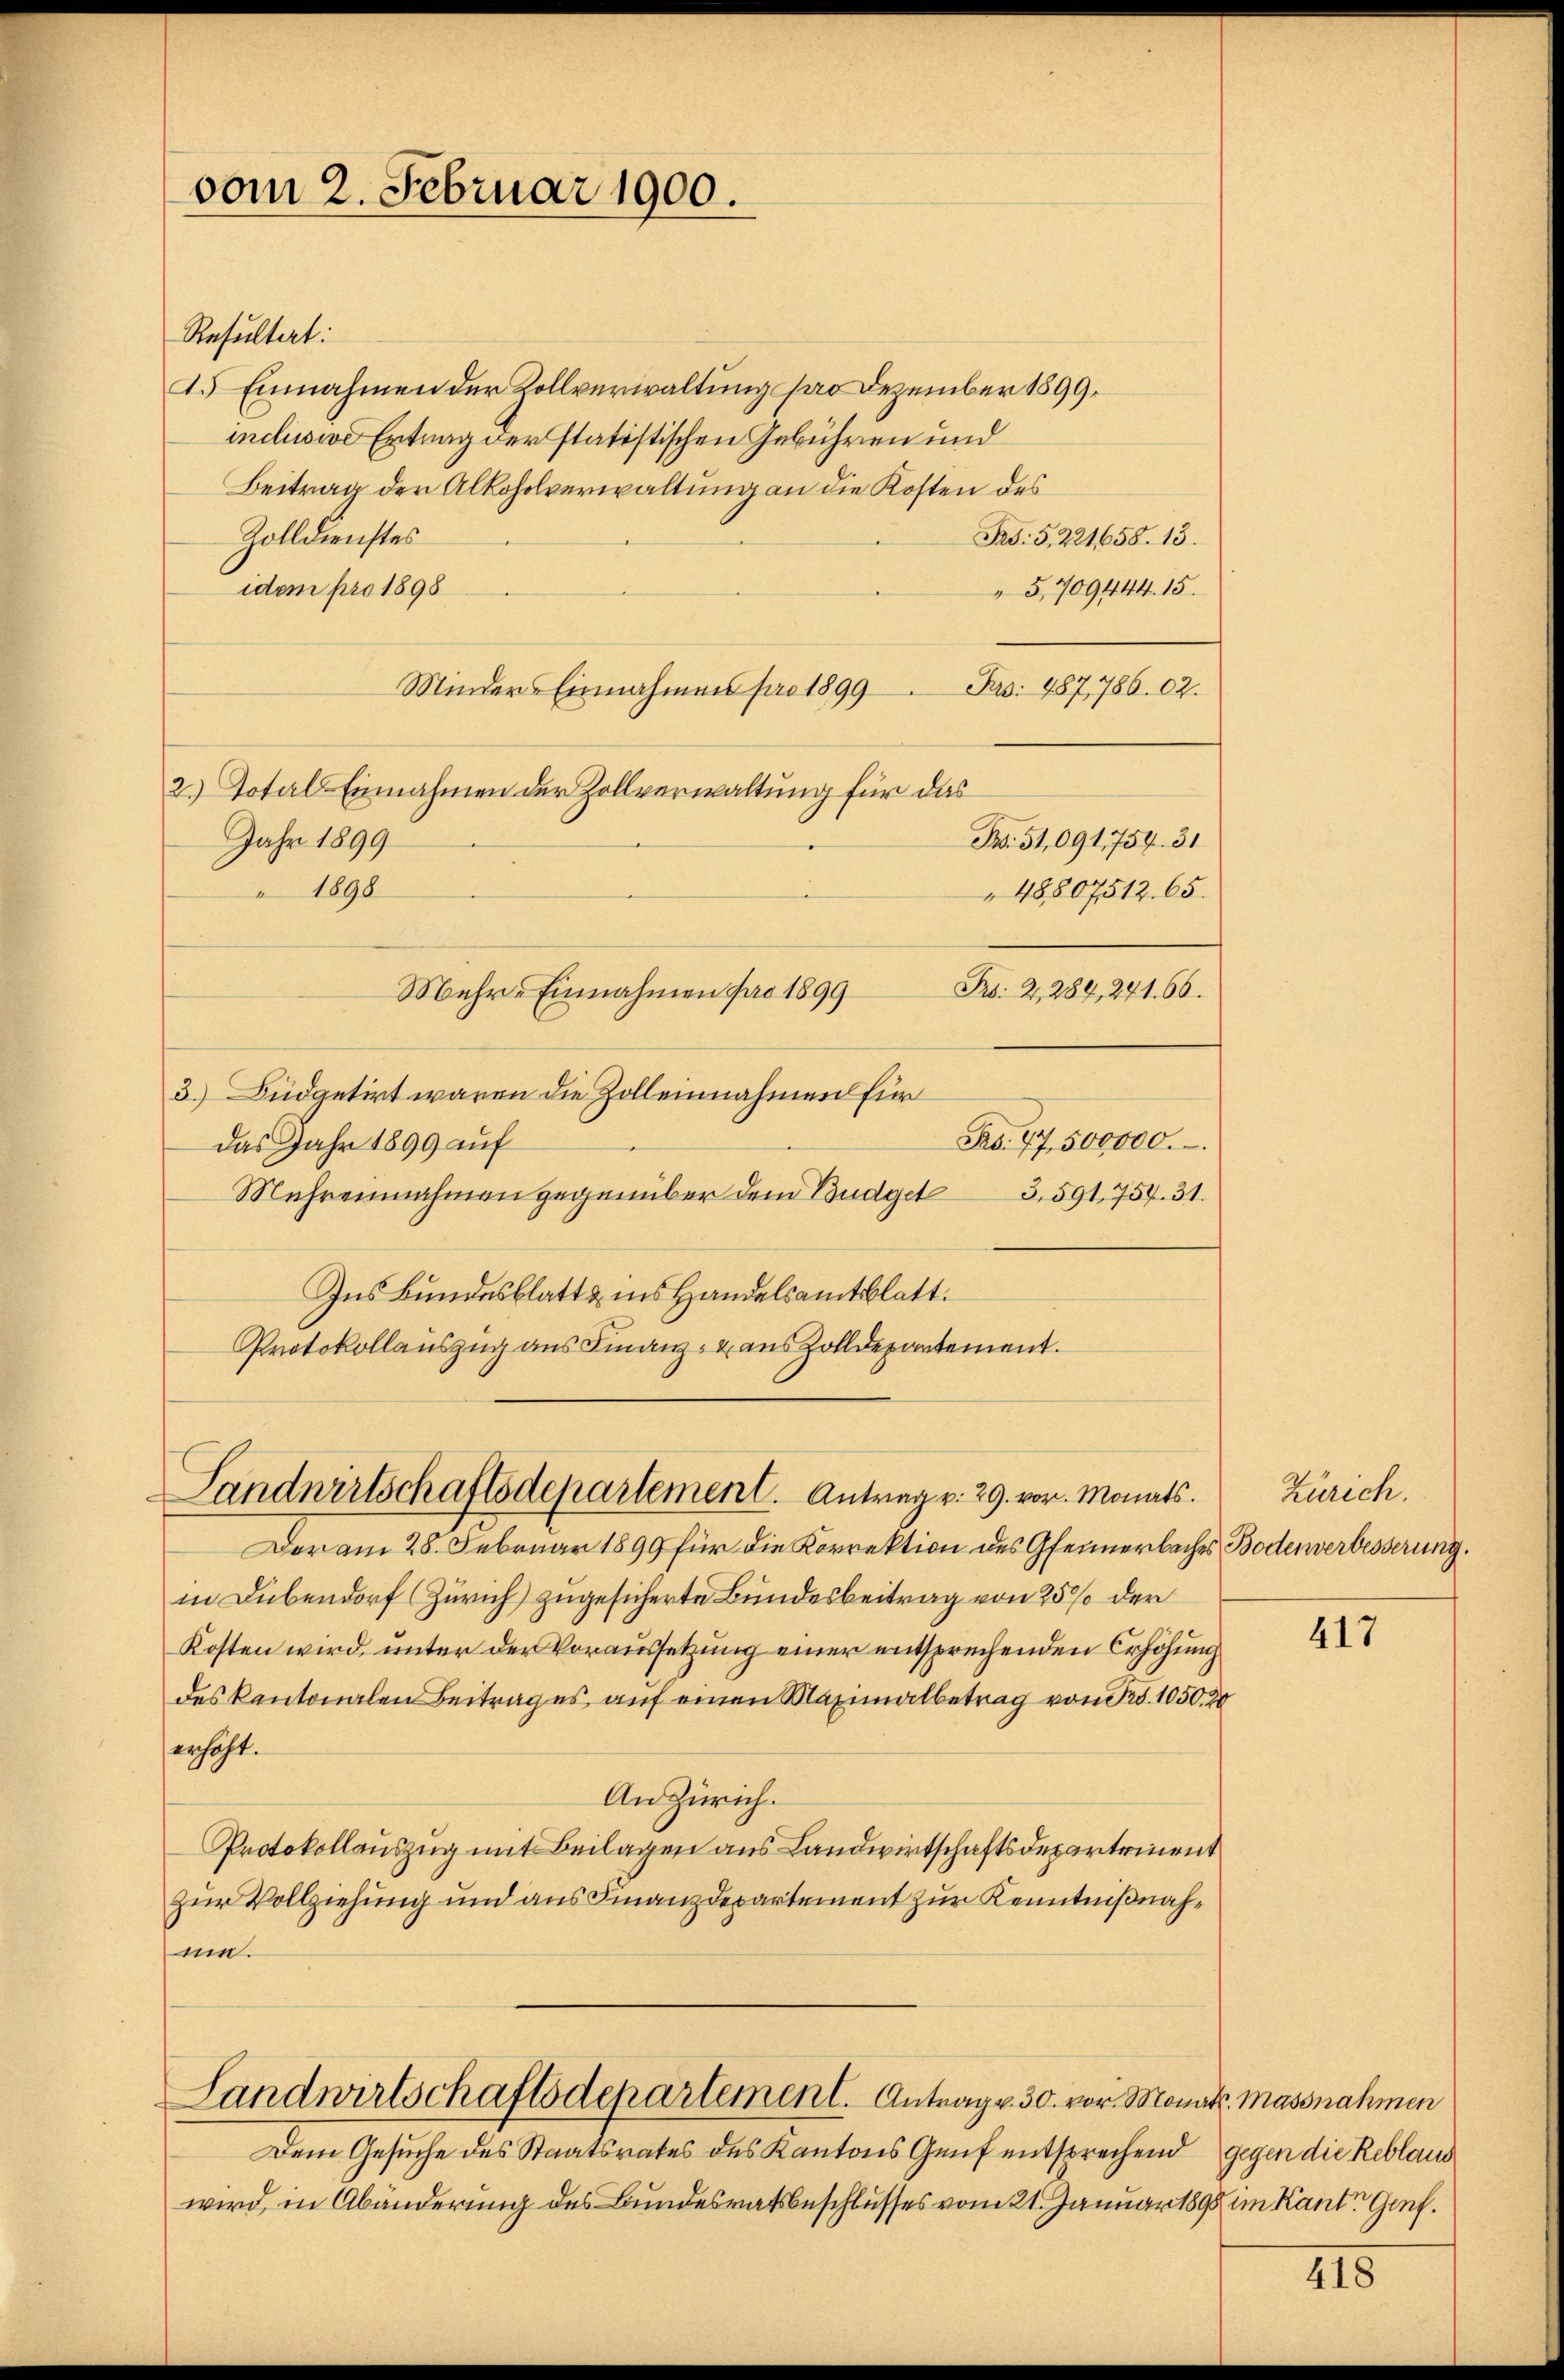
vom 2. Februar 1900.

Resultat:
1.) Einnahmen der Rollverwaltung par Dezember 1899.
inclusive Ertrag der statistischen Gebühren und
Beitrag der Alkoholverwaltung an die Kosten des
Zolldienstes
Rs: 5, 221658. 13.
idem pro 1898
5,709444. 15.
Minders Einnahmen pro 1899
Ps: 487,786. 62.
2.) Total-Einnahmen der Zollverwaltung für das
Jahr 1899
Br. 51,091,1754. 31
1898
48807512. 65.
Bs. 2, 284, 241. 66.
Mehre Einnahmen pro 1899
3.) Büdgetirt waren die Zolleinnahmen für
Pro. 47, 500000.
das Jahr 1899 auf
Mehrennahmen gegenüber dem Budget 3. 591, 754. 31.
Ins Bundesblatt & ins Handelsamtsblatt.
Protokollauszug aus Finanz- u aus Zolldepartement.

Der am 28. Februar 1899 für die Korrektion des Gfennerbaches Bodenverbesserung.
in Dübendorf (Zürich) zugesicherte Bundesbeitrag von 25% der
Kosten wird, unter der Voraussetzung einer entsprechenden Erhöhung
des Kantonalen Beitrages auf einen Maximalbetrag von Fr. 1050. 20
erhöht.
An Zürich.
Protokollauszug mit Beilagen aus Landwirtschaftsdepartement
zur Vollziehung und aus Finanzdepartement zur Kenntnißnahni.

Landwirtschaftsdepartement. Antrag v. 29. vor. Monats.

Landwirtschaftsdepartement. Antrag v. 30. vor. Monat Massnahmen

Dem Gesuche des Staatsrates des Kantons Genf entsprechend gegen die Reblaus
wird, in Abänderung des Bundesratsbeschlusses vom 21. Januar 1898 im Kante Genf.

Zürich.

417

418